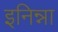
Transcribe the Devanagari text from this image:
इनिन्ना